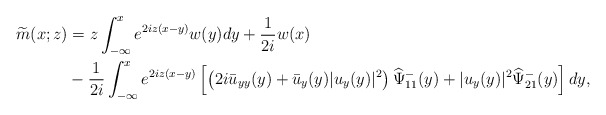
\begin{align*}\begin{aligned}\widetilde{m}(x;z)&=z\int_{-\infty}^{x} e^{2 iz(x-y)} w(y) d y+\frac{1}{2i} w(x) \\&-\frac{1}{2 i}\int_{-\infty}^xe^{2iz(x-y)}\left[\left(2i\bar{u}_{yy}(y)+\bar{u}_y(y)|u_y(y)|^{2}\right)\widehat{\Psi}^-_{11}(y)+|u_y(y)|^2 \widehat{\Psi}^-_{21}(y)\right] dy,\end{aligned}\end{align*}